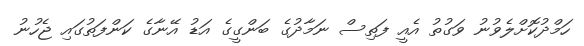
ހަމްދުކޮށްލެވުނު ވަގުތު އެއީ ފަތިސް ނަމާދުގެ ބަންގީގެ އަޑު އޭނާގެ ކަންފަތުގައި ޖެހުނު